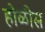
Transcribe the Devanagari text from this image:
होळीस